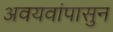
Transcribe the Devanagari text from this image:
अवयवांपासुन